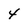
Character: 4